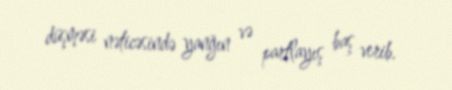
düşməsi nəticəsində yanğın və partlayış baş verib.